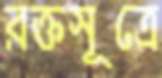
রক্তসূত্রে